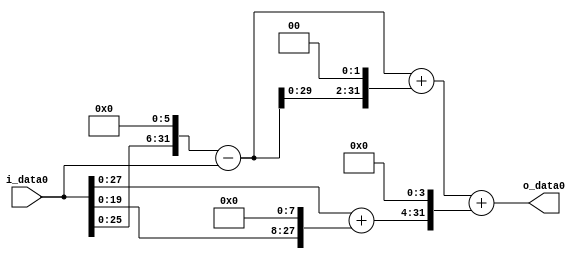
module multiplier_block_76 (
    i_data0,
    o_data0
);
  input   [31:0] i_data0;
  output  [31:0]
    o_data0;
  wire [31:0]
    w1,
    w64,
    w63,
    w252,
    w315,
    w256,
    w257,
    w4112,
    w4427;
  assign w1 = i_data0;
  assign w252 = w63 << 2;
  assign w256 = w1 << 8;
  assign w257 = w1 + w256;
  assign w315 = w63 + w252;
  assign w4112 = w257 << 4;
  assign w4427 = w315 + w4112;
  assign w63 = w64 - w1;
  assign w64 = w1 << 6;
  assign o_data0 = w4427;
endmodule